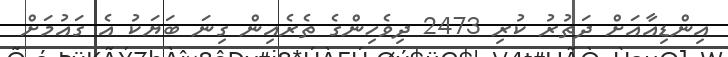
އިންޑިއާއަށް ދަތުރު ކުރި 2473 ދިވެހިންގެ ތެރެއިން ގިނަ ބަޔަކު އެ ގައުމަށް